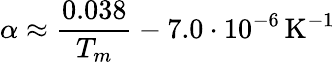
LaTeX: \alpha\approx{\frac{0.038}{T_{m}}}-7.0\cdot 10^{-6}\, \mathrm{K}^{-1}